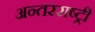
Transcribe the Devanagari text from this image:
अन्तरराष्ट्री